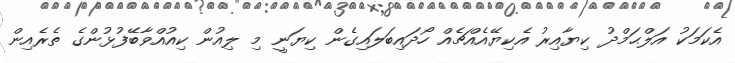
އެކަމަކު އަލްޙަމްދު ކިޔާއިރު އެކިޔޭއެއްޗެއް ހޯދައިބަލައިގެން ކިޔަނީ މި ލިއުން ކިއުއްވާބޭފުޅުންގެ ތެރެއިން